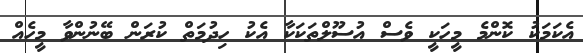
އެކަމަކު ކޮންމެ މީހަކީ ވެސް އުސޫލްތަކަކާ އެކު ހިދުމަތް ކުރަން ބޭނުންވާ މީހެއް